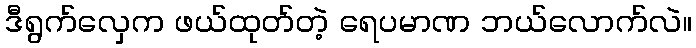
ဒီရွက်လှေက ဖယ်ထုတ်တဲ့ ရေပမာဏ ဘယ်လောက်လဲ။